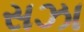
સઝા